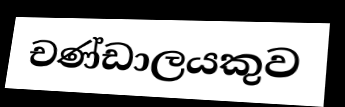
චණ්ඩාලයකුව